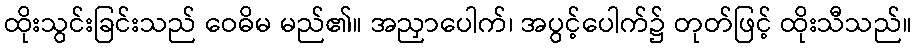
ထိုးသွင်းခြင်းသည် ဝေဓိမ မည်၏။ အညှာပေါက်၊ အပွင့်ပေါက်၌ တုတ်ဖြင့် ထိုးသီသည်။